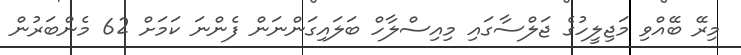
މިރޭ ބޭއްވި މަޖިލީހުގެ ޖަލްސާގައި މިއިސްލާހް ބަލައިގަންނަން ފެންނަ ކަމަށް 62 މެންބަރުން